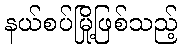
နယ်စပ်မြို့ဖြစ်သည့်